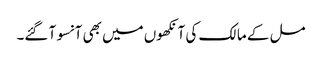
مل کے مالک کی آنکھوں میں بھی آنسو آ گئے۔